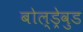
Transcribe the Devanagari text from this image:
बोल्ड्रेवुड